Vaccination in Burma 1900-1911 - 1900-1911
Year: 1900
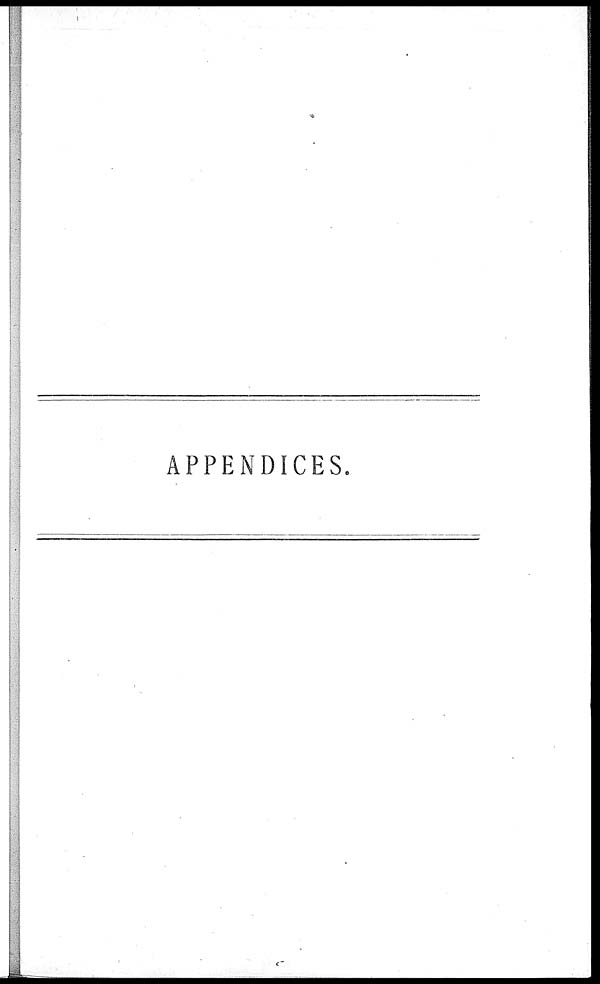
APPENDICES.